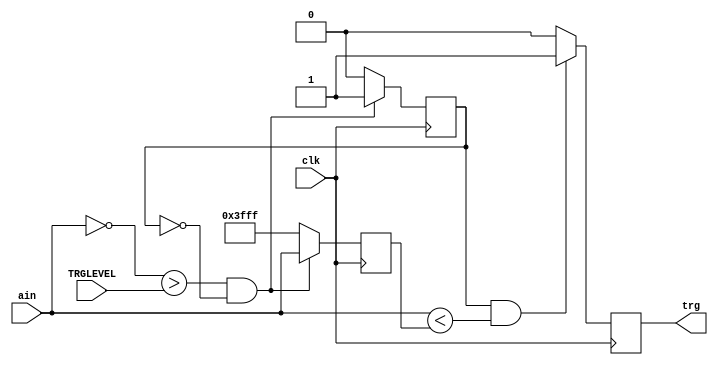
`timescale 1ns / 1ps

//14'h2300<- 3V TRG LEVEL

module trig_modv3(ain,clk,trg,TRGLEVEL);
input [0:0]  clk;
input [13:0] ain;
input [13:0] TRGLEVEL;
output  trg;

reg [0:0] flag;
reg [0:0] trgreg;
reg [13:0] predata;

always @(posedge clk)begin
    if(~ain>TRGLEVEL && flag==1'b0)
        flag = 1'b1;
    else
        flag = 1'b0;
end

always @(posedge clk)begin
    if(~ain>TRGLEVEL && flag==1'b0)
        predata = ain;
    else
        predata = 14'b11_1111_1111_1111;
end

always @(posedge clk)begin
    if(flag && ain < predata)
        trgreg = 1'b1;
    else
        trgreg = 1'b0;
end



assign trg = trgreg;
        
        

endmodule